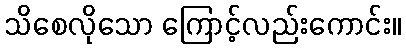
သိစေလိုသော ကြောင့်လည်းကောင်း။